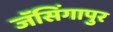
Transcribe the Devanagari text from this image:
जॅसिंगापुर